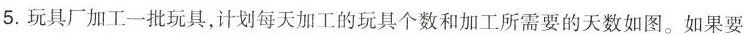
5.玩具厂加工一批玩具，计划每天加工的玩具个数和加工所需要的天数如图。如果要